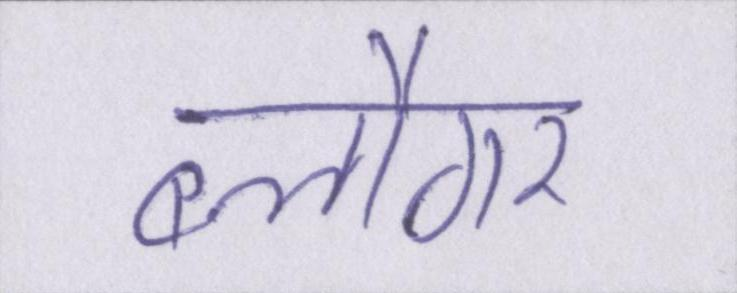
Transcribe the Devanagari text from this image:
ब्लौगर